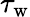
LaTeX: \tau_{\mathrm{w}}